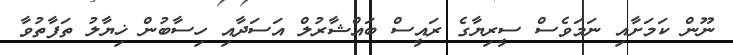
ނޫން ކަމަށާއި ނަމަވެސް ސީރިޔާގެ ރައީސް ބައްޝާރުލް އަސަދާއި ހިސާބުން ޚިޔާލު ތަފާތުވާ